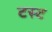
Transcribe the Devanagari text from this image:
टस्ट